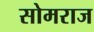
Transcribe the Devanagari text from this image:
सोमराज